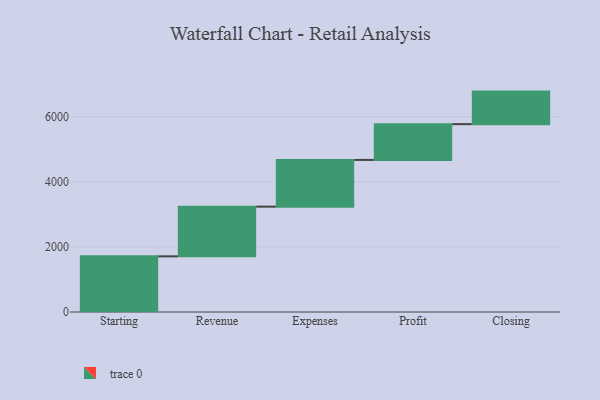
{"axis": {"x": "Step", "y": "Value"}, "legend": [""], "data": [{"x": "Starting", "y": 1710.0, "type": ""}, {"x": "Revenue", "y": 1528.0, "type": ""}, {"x": "Expenses", "y": 1436.0, "type": ""}, {"x": "Profit", "y": 1100.0, "type": ""}, {"x": "Closing", "y": 1000, "type": ""}]}